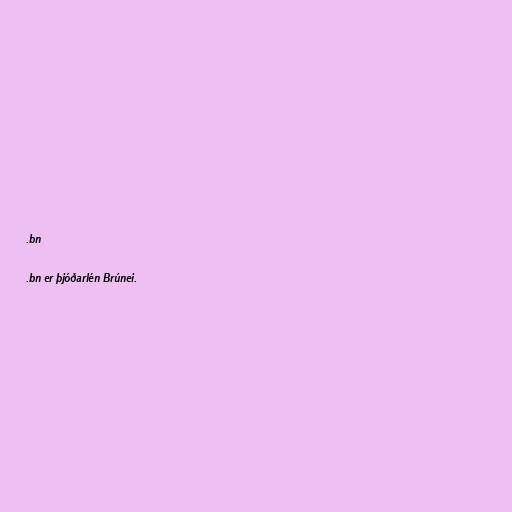
.bn

.bn er þjóðarlén Brúnei.